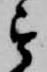
を